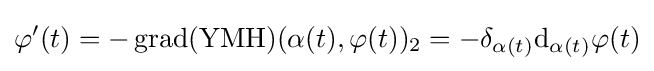
\varphi '(t)=-\operatorname {grad} (\operatorname {YMH} )(\alpha (t),\varphi (t))_{2}=-\delta _{\alpha (t)}\mathrm {d} _{\alpha (t)}\varphi (t)